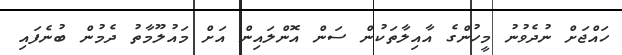
ހައްޖަށް ނުދެވުނު މީހުންގެ އާއިލާތަކުން ސަން އޮންލައިން އަށް މައުލޫމާތު ދެމުން ބުނެފައި